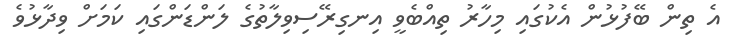
އެ ތިން ބޭފުޅުން އެކުގައި މިހާރު ތިއްބެވީ އިނގިރޭސިވިލާތުގެ ލަންޑަންގައި ކަމަށް ވިދާޅުވެ